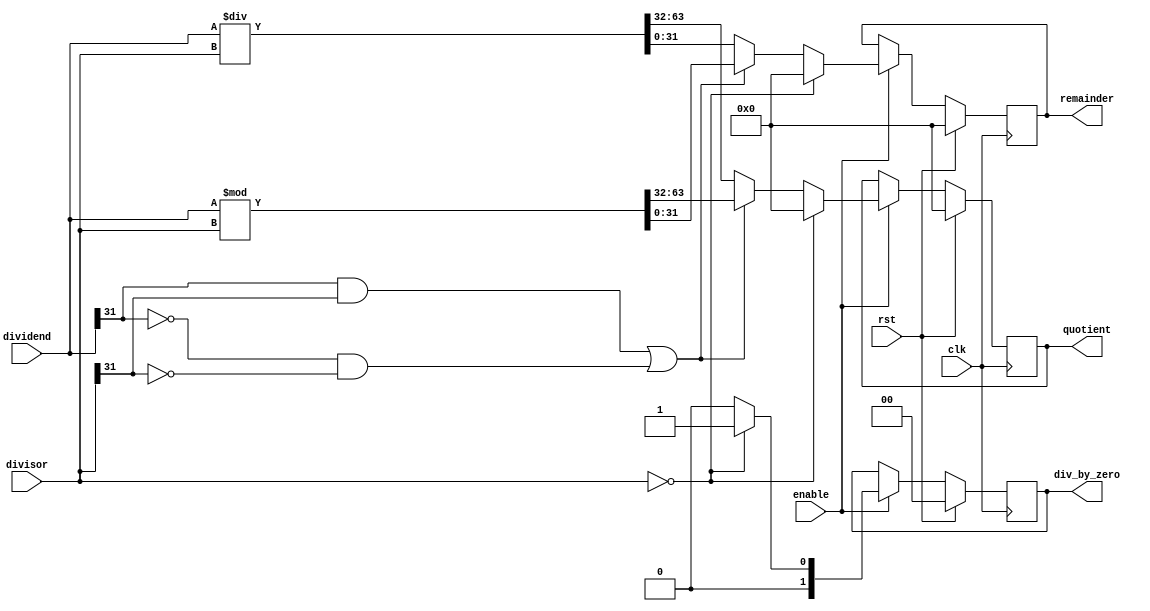
module synchronous_divider (
  input wire clk,
  input wire rst,
  input wire enable,
  input wire [31:0] dividend,
  input wire [31:0] divisor,
  output reg [31:0] quotient,
  output reg [31:0] remainder,
  output reg [1:0] div_by_zero
);

always @(posedge clk) begin
  if (rst) begin
    quotient <= 32'b0;
    remainder <= 32'b0;
    div_by_zero <= 2'b0;
  end else if (enable) begin
    if (divisor == 32'b0) begin
      quotient <= 32'b0;
      remainder <= 32'b0;
      div_by_zero <= 2'b1;
    end else begin
      if (dividend[31] == 1 && divisor[31] == 1 ||
          dividend[31] == 0 && divisor[31] == 0) begin
        // Unsigned division
        {quotient, remainder} <= dividend % divisor;
      end else begin
        // Signed division
        {quotient, remainder} <= dividend / divisor;
      end
      div_by_zero <= 2'b0;
    end
  end
end

endmodule